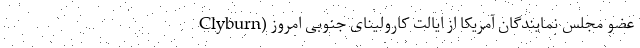
Clyburn) عضو مجلس نمایندگان آمریکا از ایالت کارولینای جنوبی امروز